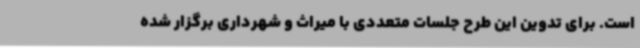
است. برای تدوین این طرح جلسات متعددی با میراث و شهرداری برگزار شده